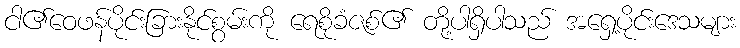
ငါ၏ဝေဖန်ပိုင်းခြားနိုင်စွမ်းကို ရေစိုခံဇစ်၏ တို့ပါရှိပါသည် အရှေ့ပိုင်းဒေသများ